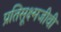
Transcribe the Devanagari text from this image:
प्रतिसूक्ष्मजीवी